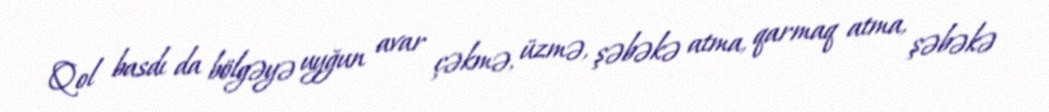
Qol basdı da bölgəyə uyğun avar çəkmə, üzmə, şəbəkə atma, qarmaq atma, şəbəkə